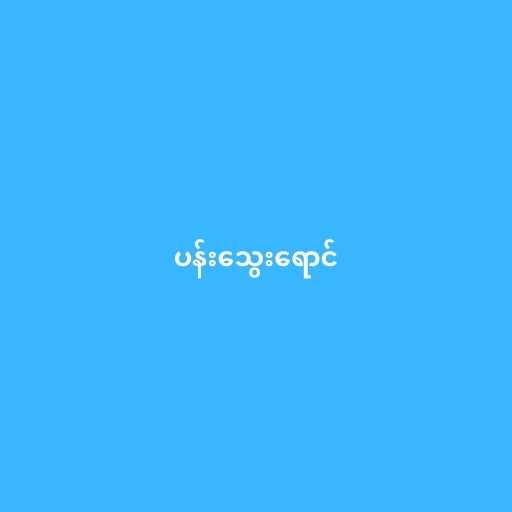
ပန်းသွေးရောင်